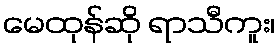
မေထုန်ဆို ရာသီကူး၊